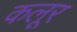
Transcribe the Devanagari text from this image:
कलूर